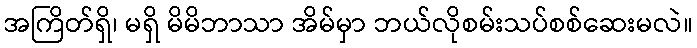
အကြိတ်ရှိ၊ မရှိ မိမိဘာသာ အိမ်မှာ ဘယ်လိုစမ်းသပ်စစ်ဆေးမလဲ။